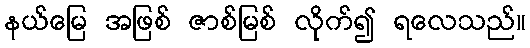
နယ်မြေ အဖြစ် ဇာစ်မြစ် လိုက်၍ ရလေသည်။